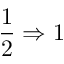
\frac 1 2 \Rightarrow 1